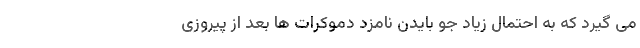
می گیرد که به احتمال زیاد جو بایدن نامزد دموکرات ها بعد از پیروزی